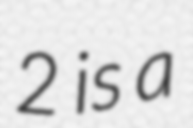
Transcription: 2 is a